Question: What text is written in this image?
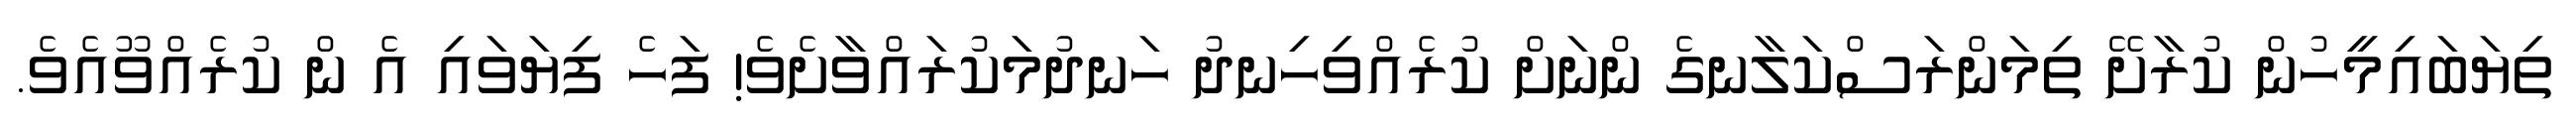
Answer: ތިޔަބައިމީހުން ކުރާށޭ ތިމަންރަސްކަލާނގެ ންނަށް ކުރެއްވިހިނދު ހަނދުމަކުރައްވާށެވެ! ފަހެ ފިޔަވައި އެ ން ކުރެއްވޫއެވެ.